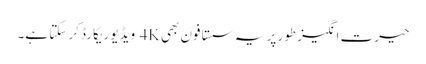
حیرت انگیز طور پر یہ سستا فون بھی 4K ویڈیو ریکارڈ کر سکتا ہے۔